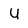
Character: U